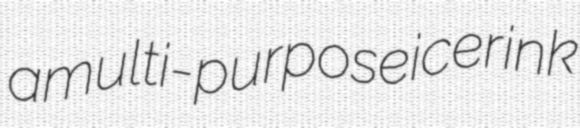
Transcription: a multi-purpose ice rink